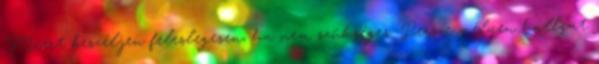
Miért beszéljen feleslegesen, ha nem szükséges. Persze mélyen hallgat